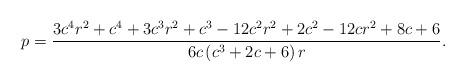
LaTeX: \begin{align*}p=\frac{3 c^4 r^2+c^4+3 c^3 r^2+c^3-12 c^2 r^2+2 c^2-12 c r^2+8 c+6}{6 c \left(c^3+2 c+6\right) r}.\end{align*}